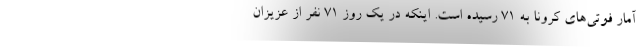
آمار فوتی‌های کرونا به 71 رسیده است. اینکه در یک روز 71 نفر از عزیزان